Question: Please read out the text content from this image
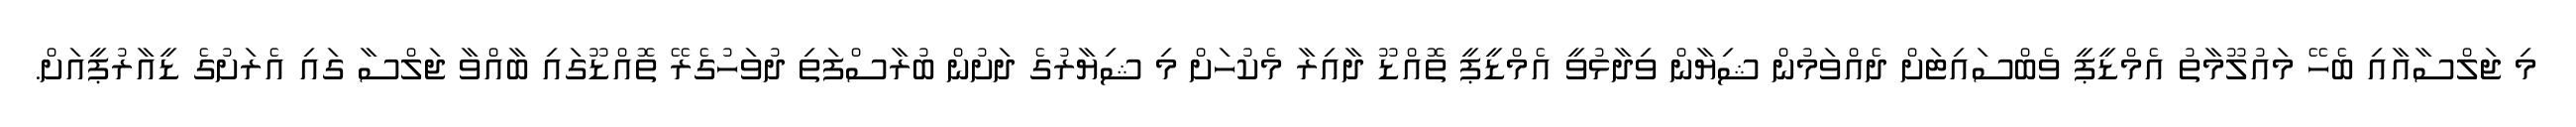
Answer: މި ޖަލްސާއާއި ބެހޭ މައުލޫމާތު އެމްޑީޕީ ވެބްސައިޓަށް ދެއްވަމުން ޝިޔާން ވިދާޅުވީ އެމްޑީޕީ ތޮއްޑޫ ދާއިރާ މެކުހަށް މި ޝިޔާރުގެ ދަށުން ބުރާސްފަތި ދުވަހުގެރޭ ތޮއްޑޫގައި ބާއްވާ ޖަލްސާ ގައި އެރަށުގެ ޑީއާރުޕީއަށް.